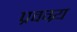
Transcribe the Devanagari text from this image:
प्रवग्र्य